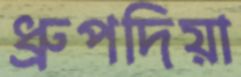
ধ্রুপদিয়া